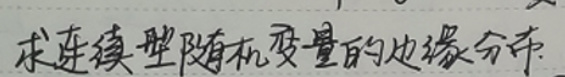
求连续型随机变量的边缘分布.